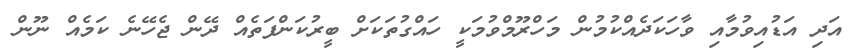
އަދި އަޑުއިވުމާއި ވާހަކަދެއްކުމުން މަހްރޫމްވުމަކީ ހައްގުތަކަށް ބީރުކަންފަތެއް ދޭން ޖެހޭނެ ކަމެއް ނޫން